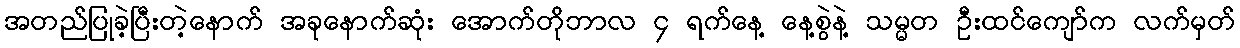
အတည်ပြုခဲ့ပြီးတဲ့နောက် အခုနောက်ဆုံး အောက်တိုဘာလ ၄ ရက်နေ့ နေ့စွဲနဲ့ သမ္မတ ဦးထင်ကျော်က လက်မှတ်